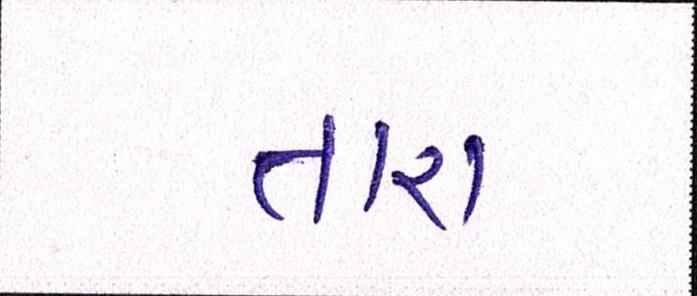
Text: તારા